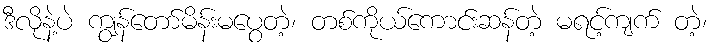
ဒီလိုနဲ့ပဲ ကျွန်တော်မိန်းမပွေတဲ့၊ တစ်ကိုယ်ကောင်းဆန်တဲ့ မရင့်ကျက် တဲ့၊